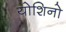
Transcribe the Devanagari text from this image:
योशिनो